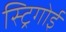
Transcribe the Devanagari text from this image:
स्ट्रिगोई